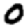
Digit: 0